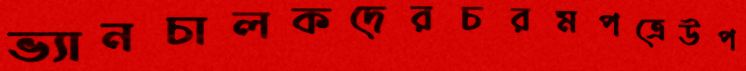
ভ্যানচালকদেরচরমপত্রেউপ